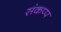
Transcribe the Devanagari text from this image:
संकप्प